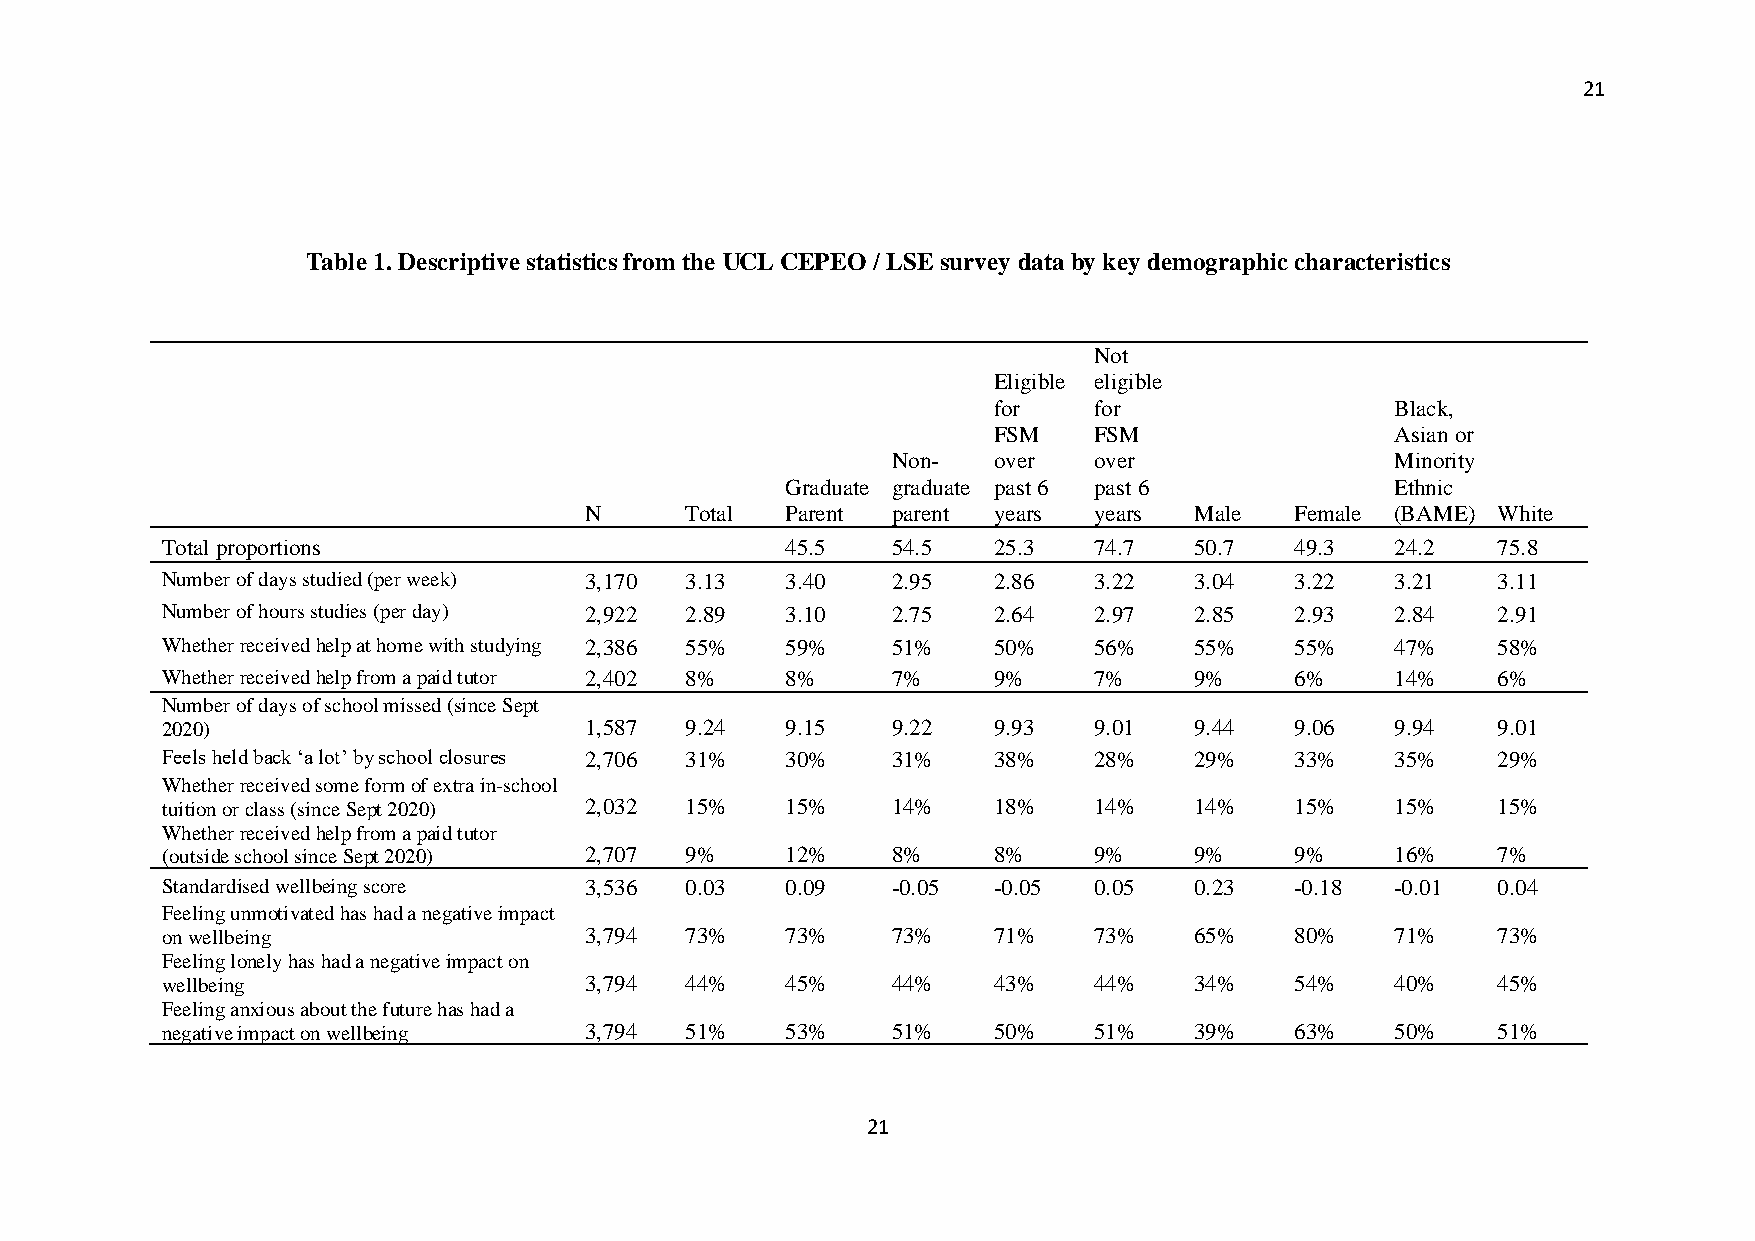
21
 Table 1. Descriptive statistics from the UCL CEPEO / LSE survey data by key demographic characteristics
 Not
 Eligible eligible
 for   for                 Black,
 FSM   FSM                 Asian or
 Non-   over  over                Minority
 Graduate graduate past 6 past 6         Ethnic
 N     Total  Parent parent years years  Male   Female (BAME) White
 Total proportions                        45.5   54.5   25.3  74.7   50.7   49.3  24.2   75.8
 Number of days studied (per week) 3,170 3.13 3.40 2.95 2.86  3.22   3.04   3.22  3.21   3.11
 Number of hours studies (per day) 2,922 2.89 3.10 2.75 2.64  2.97   2.85   2.93  2.84   2.91
 Whether received help at home with studying 2,386 55% 59% 51% 50% 56% 55%  55%   47%    58%
 Whether received help from a paid tutor 2,402 8% 8% 7% 9%    7%     9%     6%    14%    6%
 Number of days of school missed (since Sept
 2020)                       1,587 9.24   9.15   9.22   9.93  9.01   9.44   9.06  9.94   9.01
 Feels held back ‘a lot’ by school closures 2,706 31% 30% 31% 38% 28% 29%   33%   35%    29%
 Whether received some form of extra in-school
 tuition or class (since Sept 2020) 2,032 15% 15% 14%   18%   14%    14%    15%   15%    15%
 Whether received help from a paid tutor
 (outside school since Sept 2020) 2,707 9% 12%   8%     8%    9%     9%     9%    16%    7%
 Standardised wellbeing score 3,536 0.03  0.09   -0.05  -0.05 0.05   0.23   -0.18 -0.01  0.04
 Feeling unmotivated has had a negative impact
 on wellbeing                3,794 73%    73%    73%    71%   73%    65%    80%   71%    73%
 Feeling lonely has had a negative impact on
 wellbeing                   3,794 44%    45%    44%    43%   44%    34%    54%   40%    45%
 Feeling anxious about the future has had a
 negative impact on wellbeing 3,794 51%   53%    51%    50%   51%    39%    63%   50%    51%
 21